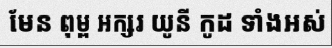
មែន ពុម្ព អក្សរ យូនី កូដ ទាំងអស់